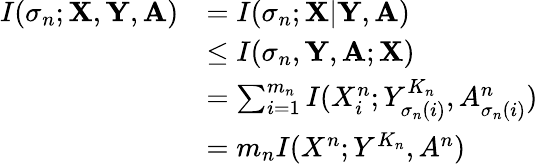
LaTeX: \begin{array}{rl}{I(\sigma_{n};\mathbf{X},\mathbf{Y},\mathbf{A})}&{=I(\sigma_{n};\mathbf{X}|\mathbf{Y},\mathbf{A})}\\ &{\le I(\sigma_{n},\mathbf{Y},\mathbf{A};\mathbf{X})}\\ &{=\sum_{i=1}^{m_{n}}I(X_{i}^{n};Y_{\sigma_{n}(i)}^{K_{n}},A_{\sigma_{n}(i)}^{n})}\\ &{=m_{n}I(X^{n};Y^{K_{n}},A^{n})}\end{array}